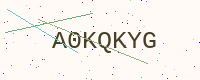
Text: A0KQKYG